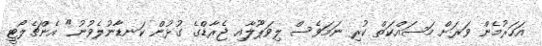
އަހަރުމެން ވަރަށް މަސައްކަތް ކުރި ނަމަވެސް ލިވަޕޫލާއި ޖެރާޑްގެ ގުޅުން ކަނޑާނުލެވުނު" އެންޗެލޯޓީ